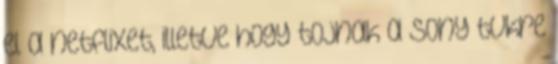
el a netflixet, illetve hogy tojnak a Sony tvkre